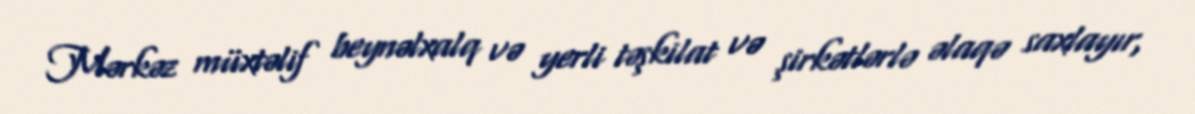
Mərkəz müxtəlif beynəlxalq və yerli təşkilat və şirkətlərlə əlaqə saxlayır,